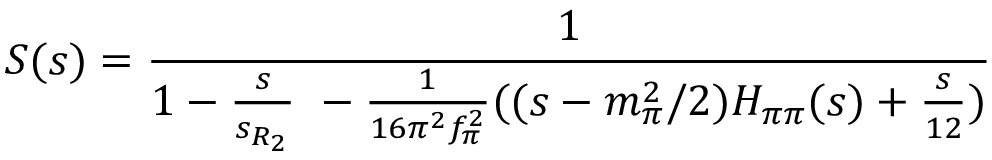
S ( s ) = \frac { 1 } { 1 - \frac { s } { s _ { R _ { 2 } } } \ - { \frac { 1 } { 1 6 \pi ^ { 2 } f _ { \pi } ^ { 2 } } } ( ( s - m _ { \pi } ^ { 2 } / 2 ) H _ { \pi \pi } ( { s } ) + { \frac { s } { 1 2 } } ) }